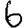
Digit: 6